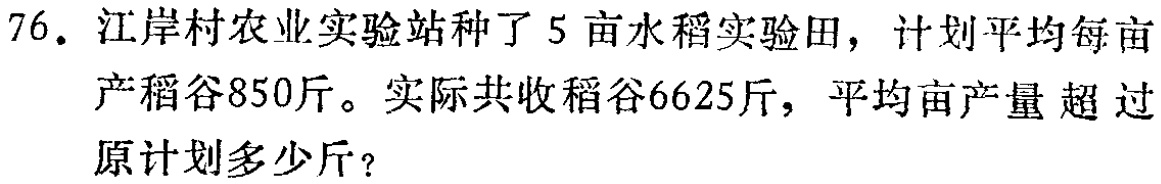
76. 江岸村农业实验站种了5亩水稻实验田，计划平均每亩产稻谷850斤。实际共收稻谷6625斤，平均亩产量超过原计划多少斤？